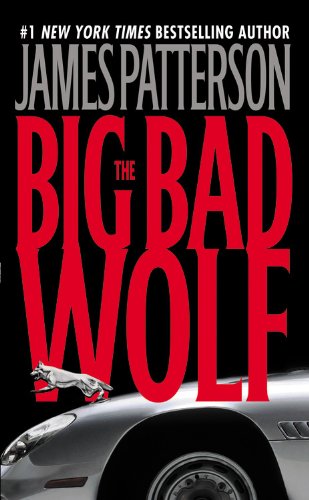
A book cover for The Big Bad Wolf (Alex Cross); James Patterson; Mystery, Thriller & Suspense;